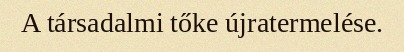
A társadalmi tőke újratermelése.